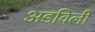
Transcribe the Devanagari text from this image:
अडविली